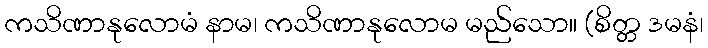
ကသိဏာနုလောမံ နာမ၊ ကသိဏာနုလောမ မည်သော။ (စိတ္တ ဒမနံ၊